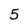
Character: 5